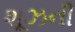
શૂઝની